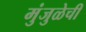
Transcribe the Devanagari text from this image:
मुंजुळेची